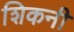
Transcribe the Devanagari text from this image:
शिकनी